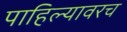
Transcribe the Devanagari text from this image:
पाहिल्यावरच